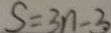
S = 3 n - 3